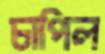
চাপিল